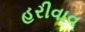
હરીવાવ